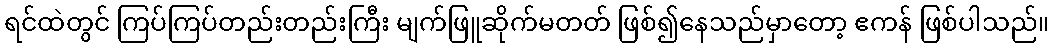
ရင်ထဲတွင် ကြပ်ကြပ်တည်းတည်းကြီး မျက်ဖြူဆိုက်မတတ် ဖြစ်၍နေသည်မှာတော့ ဧကန် ဖြစ်ပါသည်။